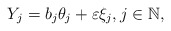
\begin{align*}Y_j=b_j\theta_j+\varepsilon \xi_j, j \in \mathbb{N},\end{align*}